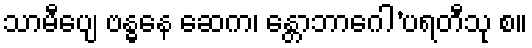
သာမီပျေ ဗန္ဓနေ ဆေက၊ န္တောဘာဂေါ’ပရတီသု စ။